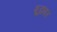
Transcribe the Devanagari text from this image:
शूद्रांवर